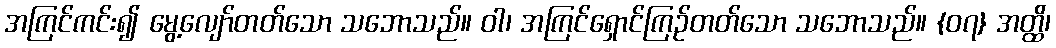
အကြင်ကင်း၍ မွေ့လျော်တတ်သော သဘောသည်။ ဝါ၊ အကြင်ရှောင်ကြဉ်တတ်သော သဘောသည်။ {၀၇} အတ္ထိ၊